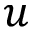
u